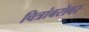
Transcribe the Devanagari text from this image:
चित्रांबरोबर